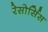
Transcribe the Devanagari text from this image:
रेसोर्सिस